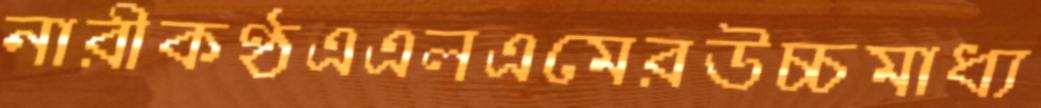
নারীকণ্ঠএএলএমেরউচ্চমাধ্য